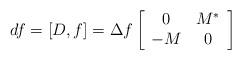
LaTeX: \begin{align*}df=[D,f]=\Delta f\left[ \begin{array}{cc}0 & M^{*} \\ -M & 0\end{array}\right] \end{align*}